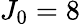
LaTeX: {{J}_{0}}=8